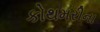
કોથમરીના